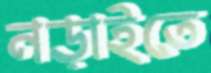
নড়াইতে